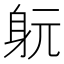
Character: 𨈤